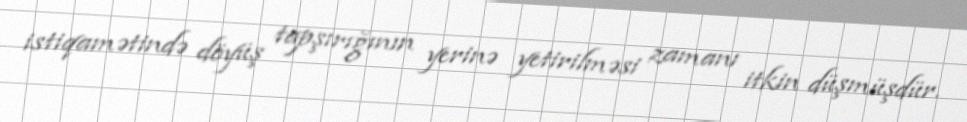
istiqamətində döyüş tapşırığının yerinə yetirilməsi zamanı itkin düşmüşdür.